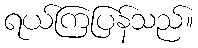
ရယ်ကြပြန်သည်။